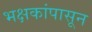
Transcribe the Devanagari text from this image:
भक्षकांपासून